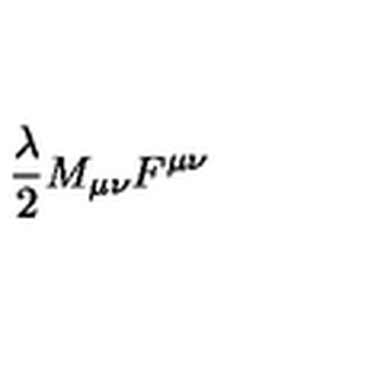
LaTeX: { \frac { \lambda } { 2 } } M _ { \mu \nu } F ^ { \mu \nu }